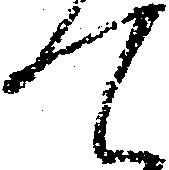
て